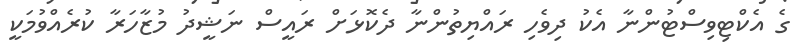
ގެ އެކްޓިވިސްޓުންނާ އެކު ދިވެހި ރައްޔިތުންނާ ދެކޮޅަށް ރައީސް ނަޝީދު މުޒާހަރާ ކުރެއްވުމަކީ